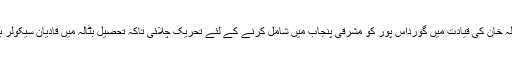
قادیانیوں نے سر ظفراللہ خان کی قیادت میں گورداس پور کو مشرقی پنجاب میں شامل کرنے کے لئے تحریک چلائی تاکہ تحصیل بٹالہ میں قادیان سیکولر بھارت میں شامل رہے۔